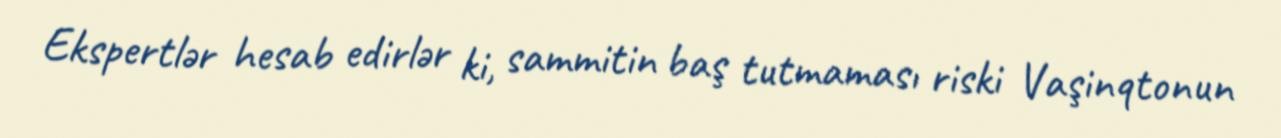
Ekspertlər hesab edirlər ki, sammitin baş tutmaması riski Vaşinqtonun